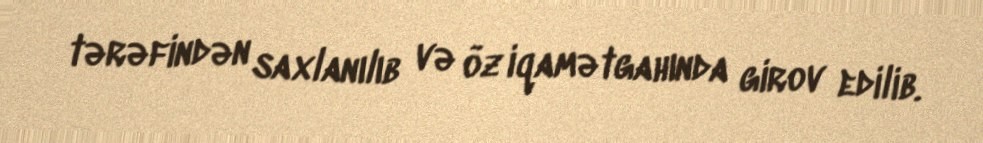
tərəfindən saxlanılıb və öz iqamətgahında girov edilib.